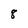
Character: 8